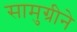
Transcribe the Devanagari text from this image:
सामुग्रीने